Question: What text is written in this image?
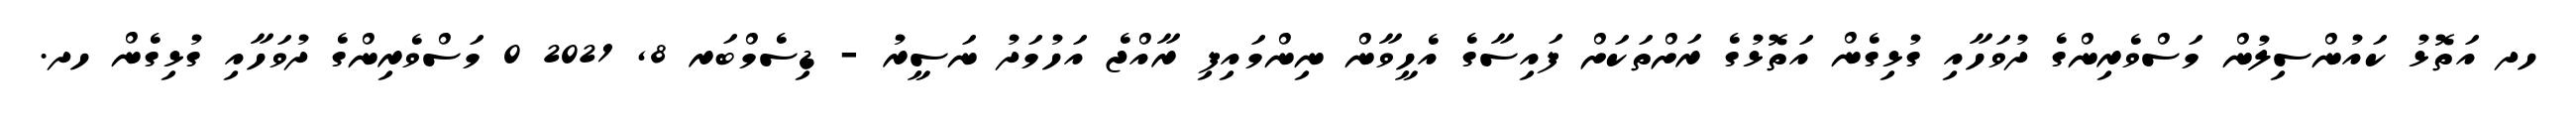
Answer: ހދ އަތޮޅު ކައުންސިލުން މަސްވެރިންގެ ދުވަހާއި ގުޅިގެން އަތޮޅުގެ ރަށްތަކަށް ފައިސާގެ އެހީވާން ނިންމައިފި ރާއްޖެ އަހުމަދު ނަސީރު - ޑިސެމްބަރ 8, 2021 0 މަސްވެރިންގެ ދުވަހާއި ގުޅިގެން ހދ.